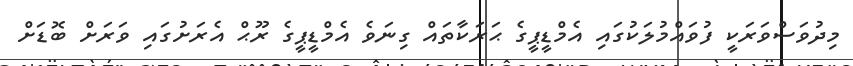
މިދުވަސްވަރަކީ ފުވައްމުލަކުގައި އެމްޑީޕީގެ ޙަރަކާތައް ގިނަވެ އެމްޑީޕީގެ ރޫޙް އެރަށުގައި ވަރަށް ބޮޑަށް